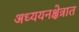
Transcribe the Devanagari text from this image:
अध्ययनक्षेत्रात